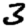
Digit: 3